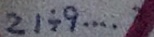
2 1 \div 9 \cdots